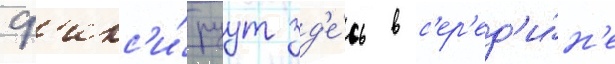
ф'икс'и́руут зд'е́сь в с'ер'ед'и́н'е